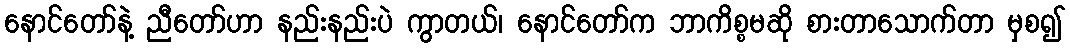
နောင်တော်နဲ့ ညီတော်ဟာ နည်းနည်းပဲ ကွာတယ်၊ နောင်တော်က ဘာကိစ္စမဆို စားတာသောက်တာ မှစ၍